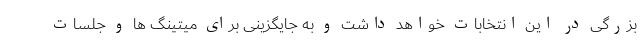
بزرگی در این انتخابات خواهد داشت و به جایگزینی برای میتینگ ها و جلسات